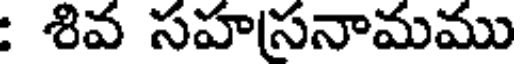
: శివ సహసనామము